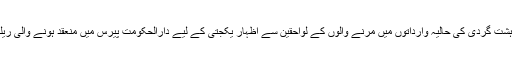
فرانس میں انتہا پسندی کے خلاف اور دہشت گردی کی حالیہ وارداتوں میں مرنے والوں کے لواحقین سے اظہارِ یکجتی کے لیے دارالحکومت پیرس میں منعقد ہونے والی ریلی میں لاکھوں افراد نے شرکت کی ہے۔